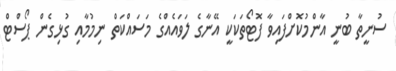
ސުނީތާ ބުނީ އާންމުކޮށްފައިވާ ފޮޓޯތަކަކީ އޭނާގެ ލަވައެއްގެ މަސައްކަތް ނިމުމާއި ގުޅިގެން ޕޯސްޓް